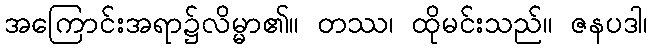
အကြောင်းအရာ၌လိမ္မာ၏။ တဿ၊ ထိုမင်းသည်။ ဇနပဒါ၊